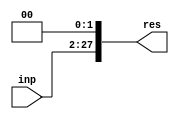
`timescale 1ns/1ns
module ShiftL26to28(input [25:0]inp, output [27:0]res);
  assign res = {inp,2'b00};
endmodule